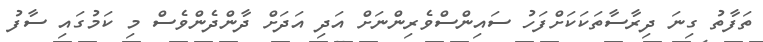
ތަފާތު ގިނަ ދިރާސާތަކަކަށްފަހު ސައިންސްވެރިންނަށް އަދި އަދަށް ދާންދެންވެސް މި ކަމުގައި ސާފު